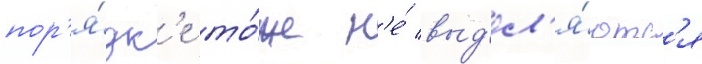
пор'я́дк'е то́же н'е́ выд'ел'я́ютс'я